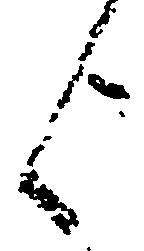
歟